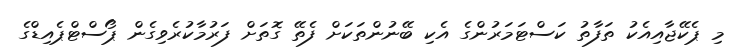
މި ޕެކޭޖާއިއެކު ތަފާތު ކަސްޓަމަރުންގެ އެކި ބޭނުންތަކަށް ފެތޭ ގޮތަށް ފަރުމާކުރެވިގެން ޕޯސްޓްޕެއިޑްގެ